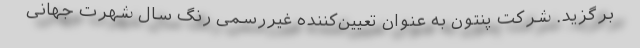
برگزید. شرکت پنتون به عنوان تعیین‌کننده غیررسمی رنگ سال شهرت جهانی